Civil Veterinary Department Bihar & Orissa reports 1922-29 - 1922-1929
Year: 1922
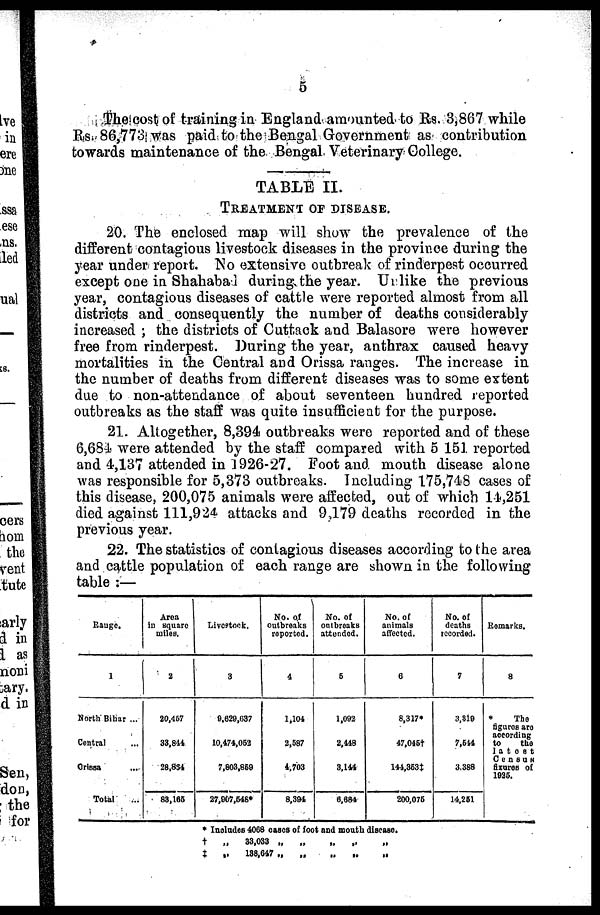
5
the cost of training in England amounted to Rs. 3,867 while
Rs. 86,773 was paid to the Bengal Government as contribution
towards maintenance of the Bengal Veterinary College.
TABLE II.
TREATMENT OF DISEASE.
20. The enclosed map will show the prevalence of the
different contagious livestock diseases in the province during the
year under report. No extensive outbreak of rinderpest occurred
except one in Shahabad during, the year. Unlike the previous
year, contagious diseases of cattle were reported almost from all
districts and consequently the number of deaths considerably
increased ; the districts of Cuttack and Balasore were however
free from rinderpest. During the year, anthrax caused heavy
mortalities in the Central and Orissa ranges. The increase in
the number of deaths from different diseases was to some extent
due to non-attendance of about seventeen hundred reported
outbreaks as the staff was quite insufficient for the purpose.
21. Altogether, 8,394 outbreaks were reported and of these
6,68-1 were attended by the staff compared with 5 151 reported
and 4,137 attended in 1926-27. Foot and mouth disease alone
was responsible for 5,373 outbreaks. Including 175,718 cases of
this disease, 200,075 animals were affected, out of which 11,251
died against 111,924 attacks and 9,179 deaths recorded in the
previous year.
22. The statistics of contagious diseases according to the area
and cattle population of each range are shown in the following
table :—
Range.
1
North Bihar ...
Contra)
Orissa
Total
Aroa
in square
wller.
2
20,467
33,844
28,834
88,165
I.iverstock.
3
9.629,037
10,474.063
7,803,869
27,907.646*
No. of
outbreaks
reported.
4
1,104
2,587
4,703
8,394
No. of
on breaks
attended.
6
1,092
2,448
3,144
6,684
No. of
animals
affected.
8
8,317*
47.046t
144,3631
200,076
No. of
deaths
recorded.
7
3,919
7,644
3.388
14,261
Remarks.
8
The
Sgures are
according
to
the
latest
Ceause
Srures of
1926.
* Includes 4068 cause of foot and mouth disceace.
†
4
„
„
33,033
188,647
„
.,
„
.,
..
,.
,.
..
„
..